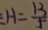
H = \frac { 1 3 } { 5 }